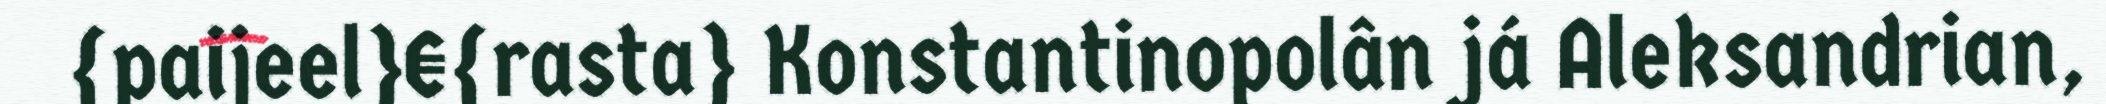
{paijeel}€{rasta} Konstantinopolân já Aleksandrian,